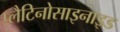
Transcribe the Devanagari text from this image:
प्लैटिनोसाइनाइड